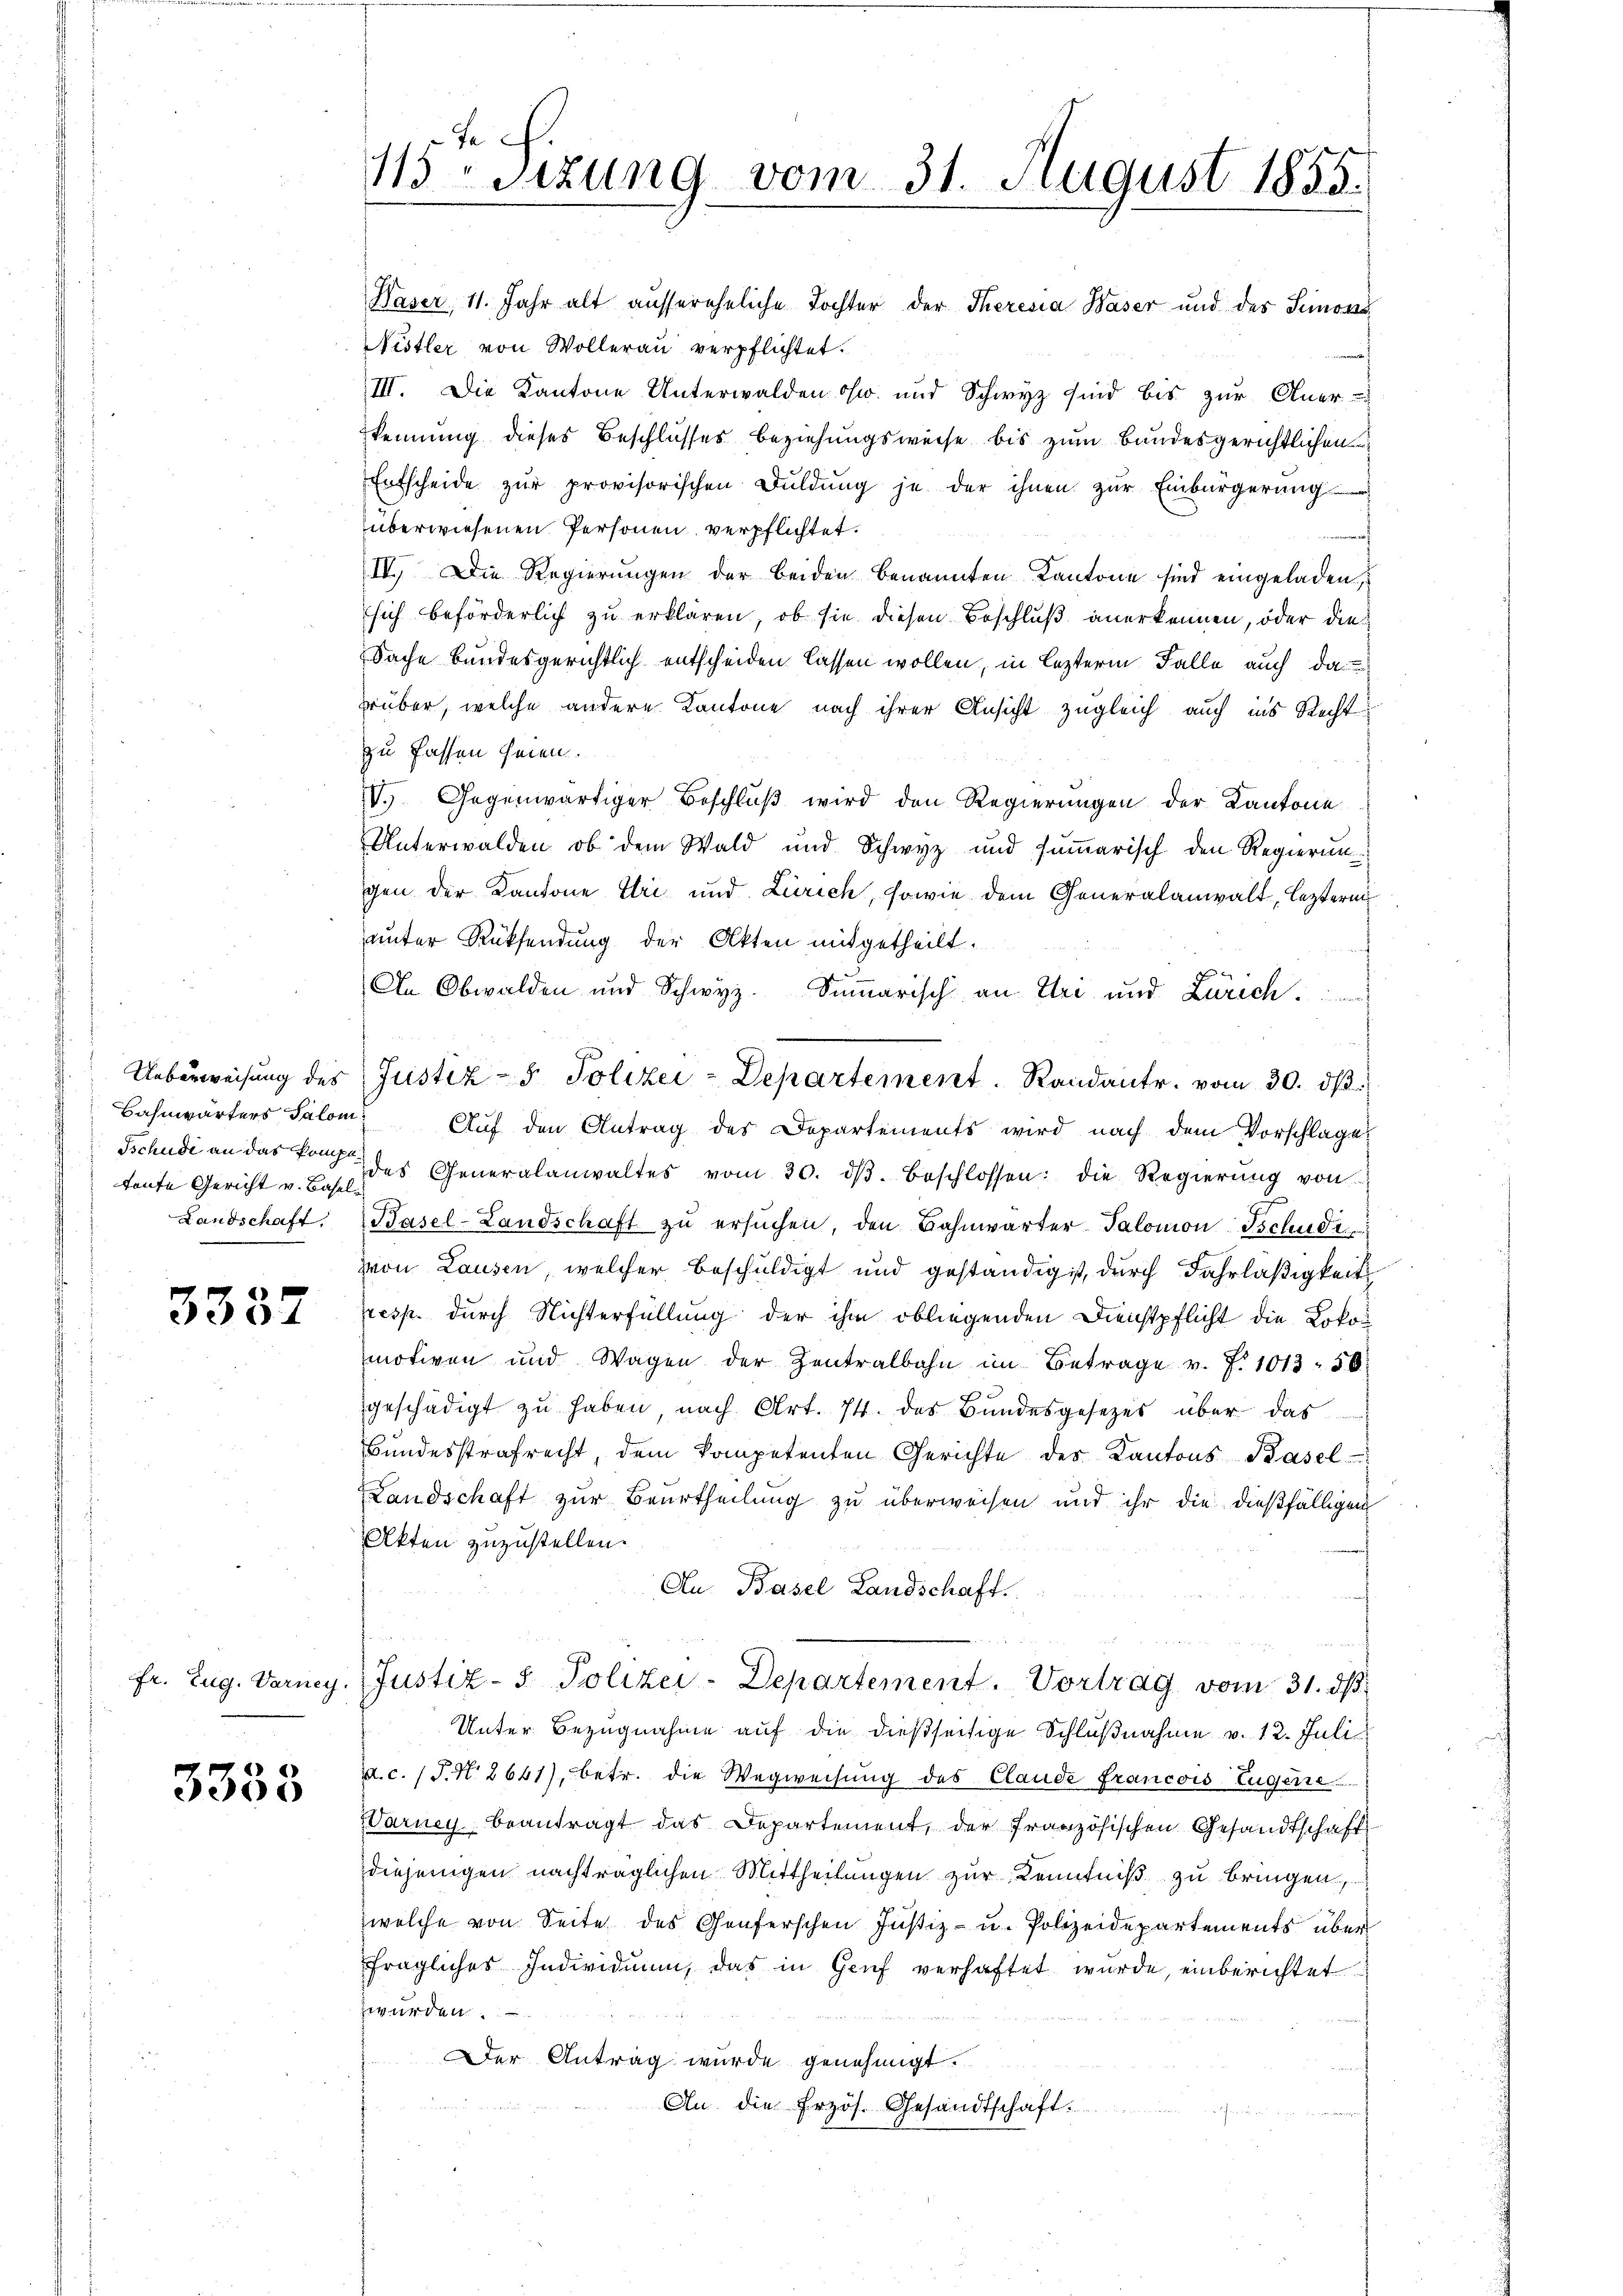
Ueberweisung des
Bahnwärters Salom
Tschudi an das kompetoute Gericht v. Basel

3337

fr. Zug. Warney.

3333

e .
115 Stzung vom 31. August 1855.

Waser, 11. Jahr alt aussereheliche Tochter der Theresia Waser und des Simonis
Nistler von Wollerau verpflichtet.
III. Die Kantone Unterwalden osw. und Schwyz sind bis zur Aner-
kennung dieses Beschlusses beziehungsweise bis zum Bundesgerichtlichen
Entscheide zŭr provisorischen Bŭldŭng je der ihnen zŭr Einbürgerung
überwiesenen Personen verpflichtet.
IV. Die Regierungen der beiden benannten Kantone sind eingeladen,
sich beförderlich zu erklären, ob sie diesen Beschluß anerkennen, oder dies
Sache Bundesgerichtlich entscheiden lassen wollen, in lezterm Falle auch das
rüber, welche andere Kantone nach ihrer Ansicht zugleich auch ins Recht
zu fassen seien.
V. Gegenwärtiger Beschlŭβ wird den Regierungen der Kantone
Unterwalden, ob dem Wald und Schwyz und sŭṁarisch den Regierun
gen der Kantone Uri und Zürich, sowie dem Generalanwalt, lezteren
unter Rücksendung der Akten mitgetheilt.
An Obwalden und Schwyz. Sinarisch an Uri und Zürich
Auf den Antrag des Departements wird nach dem Vorschlage
des Generalanwaltes vom 20. dβ beschlossen: die Regierŭng von
Landschaft. Basel-Landschaft zŭ ersŭchen, den Bahnwärter Salomon Tschudi
zvon Lausen, welcher beschuldigt und geständig ist, durch Fahrläßigkeit
pesp. durch Nichterfüllung der ihm obliegenden Dienstpflicht die Lokonmotiven und Wagen der Zentralbahn im Betrage v. J. 1013 50
geschädigt zu haben nach Art. 74. des Bundesgesetzes über das
Bundesstrafrecht, dem kompetenten Gerichte des Kantons Basel
Landschaft zur Beurtheilung zu überweisen und ihr die dießfälligen
Akten zuzustellen.
Au Basel Landschaft.
Justiz- & Polizei-Departement. Vortrag vom 31. dβ.
Unter Bezugnahme auf die dießseitige Schlußnahme v. 12. Juli
.c. (T. N. 2641), betr. die Wegweisung des Claude francois Eugene
(Sarney beantragt das Departement, der französischen Gesandtschaft
diejenigen nachträglichen Mittheilungen zur Kenntniß zu bringen,
welche von Seite des Genferschen Justiz- u. Polizeidepartements über
fragliches Individuum, das in Genf verhaftet wurde, einberichtet
zwürden.
Der Antrag wurde genehmigt.
An die Erzös. Gesandtschaft.

Justiz- & Polizei-Departement. Randantr. vom 30. dβ.